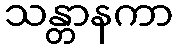
သန္တာနကာ